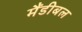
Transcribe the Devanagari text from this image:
मैंडीबल